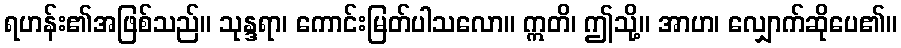
ရဟန်း၏အဖြစ်သည်။ သုန္ဒရာ၊ ကောင်းမြတ်ပါသလော။ ဣတိ၊ ဤသို့။ အာဟ၊ လျှောက်ဆိုပေ၏။